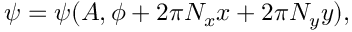
\psi = \psi ( A , \phi + 2 \pi N _ { x } x + 2 \pi N _ { y } y ) ,